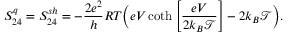
{ S _ { 2 4 } ^ { q } = S _ { 2 4 } ^ { s h } = - \frac { 2 e ^ { 2 } } { h } R T \bigg ( e V \coth \left[ \frac { e V } { 2 k _ { B } \mathcal { T } } \right] - 2 k _ { B } \mathcal { T } \bigg ) } .